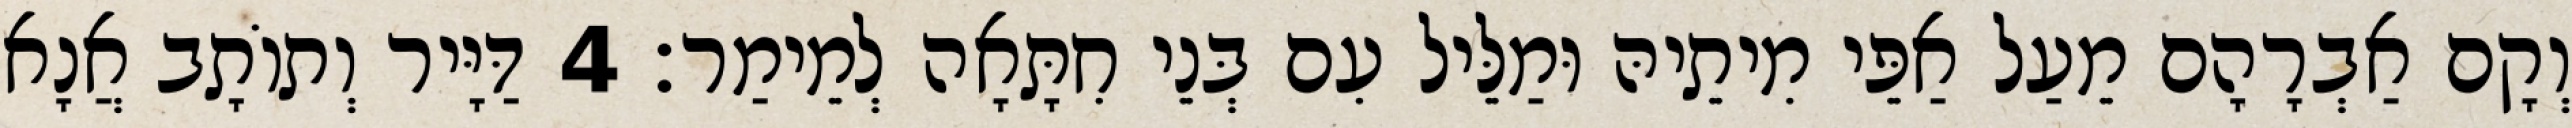
וְקָם אַבְרָהָם מֵעַל אַפֵּי מִיתֵיהּ וּמַלֵּיל עִם בְּנֵי חִתָּאָה לְמֵימַר׃ 4 דַּיָּיר וְתוֹתָב אֲנָא